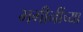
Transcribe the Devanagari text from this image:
भगीनींच्या